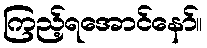
ကြည့်ရအောင်နော်။